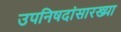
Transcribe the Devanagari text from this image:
उपनिषदांसारख्या